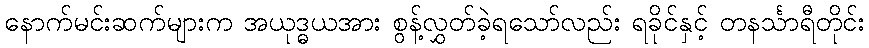
နောက်မင်းဆက်များက အယုဒ္ဓယအား စွန့်လွှတ်ခဲ့ရသော်လည်း ရခိုင်နှင့် တနင်္သာရီတိုင်း